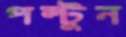
পল্টুন